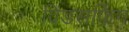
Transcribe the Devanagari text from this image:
विंडसर्फिग